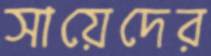
সায়েদের